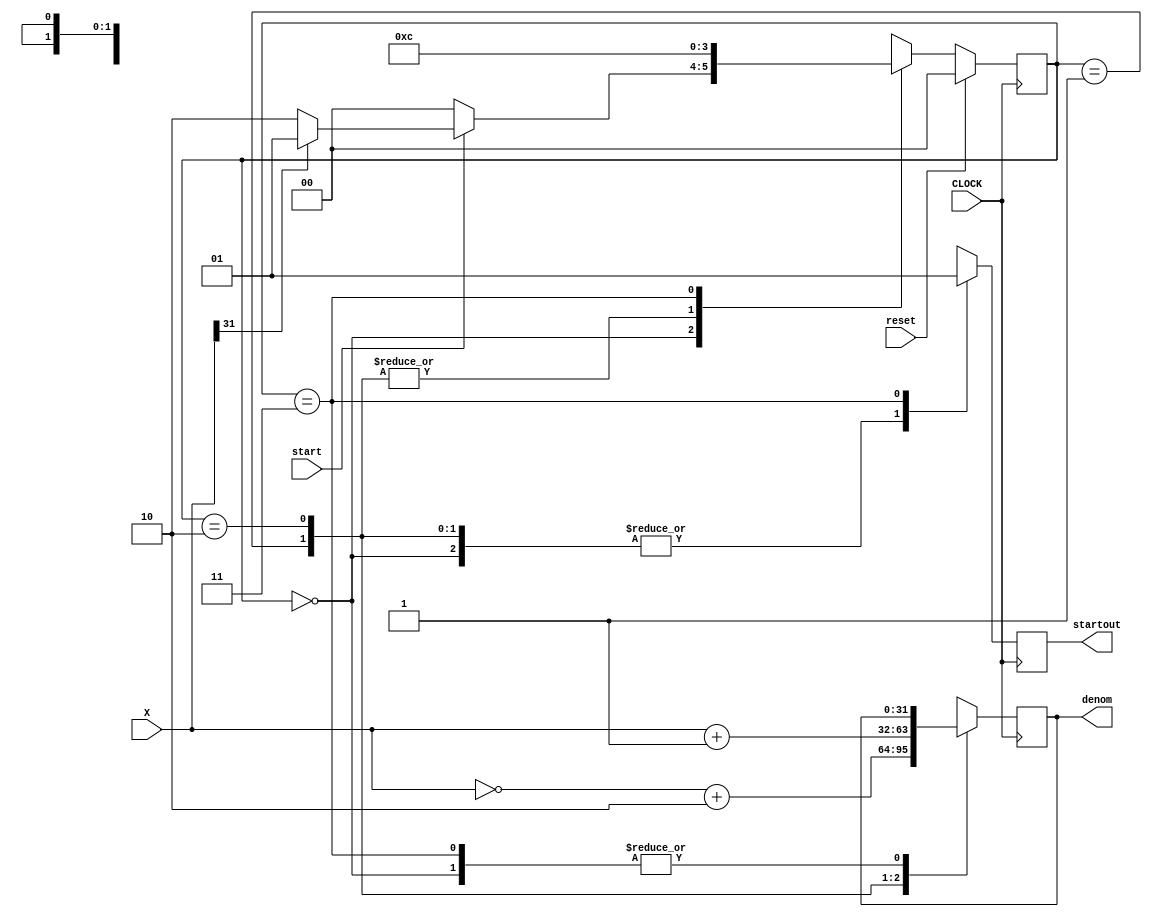
`timescale 1ns / 1ps
//////////////////////////////////////////////////////////////////////////////////
// Company: 
// Engineer: 
// 
// Design Name: 
// Module Name: Denominator
// Project Name: 
// Target Devices: 
// Tool Versions: 
// Description: 
// 
// Dependencies: 
// 
// Revision:
// Revision 0.01 - File Created
// Additional Comments:
// 
//////////////////////////////////////////////////////////////////////////////////


module Denominator(
    input [31:0] X,
    input CLOCK,
    input start,
    input reset,
    output reg startout,
    output reg [31:0] denom
    );
    
reg [1:0] state, nextstate;
    
always @(posedge CLOCK) begin
    if (reset == 1) state <=0;
    else state <=nextstate;
end

always @(state or X or start)begin
    case (state)
        0: begin
            if(start ==0)
                nextstate<=0;
            else if (X[31] ==1)
                nextstate<=1;
            else
                nextstate<=2;
        end
        1: begin
            nextstate<=3;
        end
        2: begin
            nextstate<=3;
        end
        3: begin
            nextstate<=0;
        end
        default: begin
             nextstate<=0;
        end
    endcase
end
    
always@(posedge CLOCK)begin
    if(reset==1) begin
        denom<=0;
		  startout<=0;
		  end
    case(state)
        0: begin
            denom<=denom;
            startout<=0;
        end
        1: begin
           denom <= (~X)+2'b10;
           startout<=0;
        end
        2: begin
            denom <= X + 1'b1;
            startout<=0;
        end
        3: begin
            denom <= denom;
            startout<=1;
        end
        default: begin
            denom <=0;
            startout <=0;
        end
    endcase
end   
    
endmodule